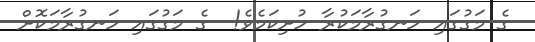
ގެ މަގުގައި ހަނގުރާމަކުރާ ހުށިކަމެވެ!  ގެ މަގުގައި ހަނގުރާމަކޮށް